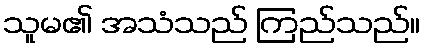
သူမ၏ အသံသည် ကြည်သည်။